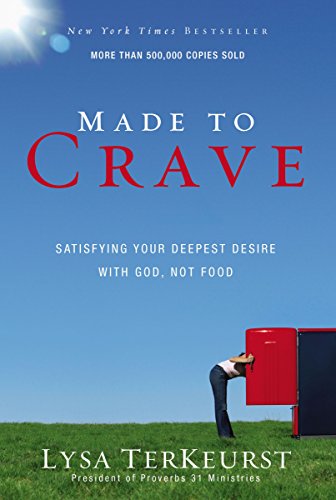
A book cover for Made to Crave: Satisfying Your Deepest Desire with God, Not Food; Lysa TerKeurst; Christian Books & Bibles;